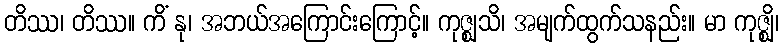
တိဿ၊ တိဿ။ ကိံ နု၊ အဘယ်အကြောင်းကြောင့်။ ကုဇ္ဈသိ၊ အမျက်ထွက်သနည်း။ မာ ကုဇ္ဈိ၊